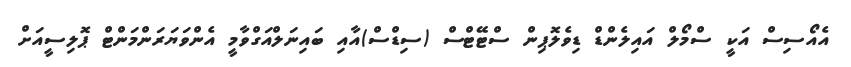
އެއޯސިސް އަކީ ސްމޯލް އައިލެންޑް ޑިވެލޮޕިން ސްޓޭޓްސް (ސިޑްސް)އާއި ބައިނަލްއަގްވާމީ އެންވަޔަރަންމަންޓް ޕޮލިސީއަށް